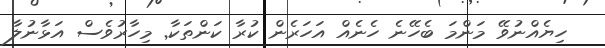
ހިޔެއްނުވޭ މަންމަ ބެހޭނެ ހެނެއް އަހަރެން ކުރާ ކަންތަކާ